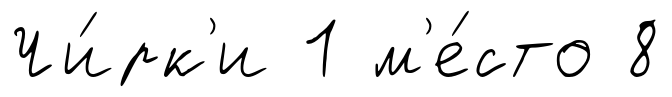
Чи́рк'и 1 м'е́сто 8